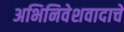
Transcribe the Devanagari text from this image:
अभिनिवेशवादाचे